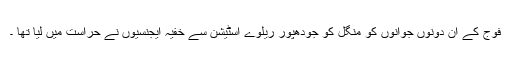
فوج کے ان دونوں جوانوں کو منگل کو جودھپور ریلوے اسٹیشن سے خفیہ ایجنسیوں نے حراست میں لیا تھا ۔